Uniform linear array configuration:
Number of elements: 8
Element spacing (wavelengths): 0.75
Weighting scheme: binomial
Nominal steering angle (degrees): -45
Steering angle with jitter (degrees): -45.924
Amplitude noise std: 0.05
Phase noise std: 0.05

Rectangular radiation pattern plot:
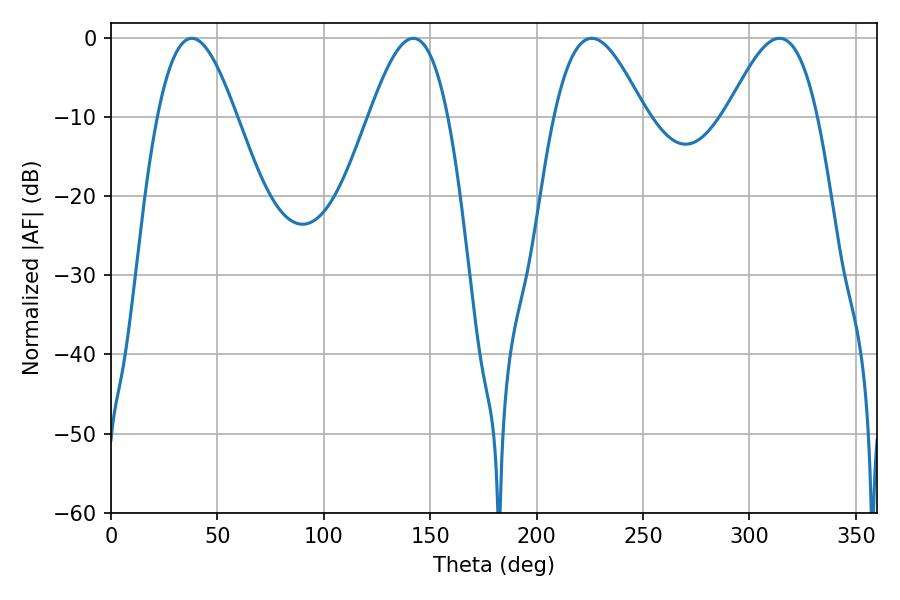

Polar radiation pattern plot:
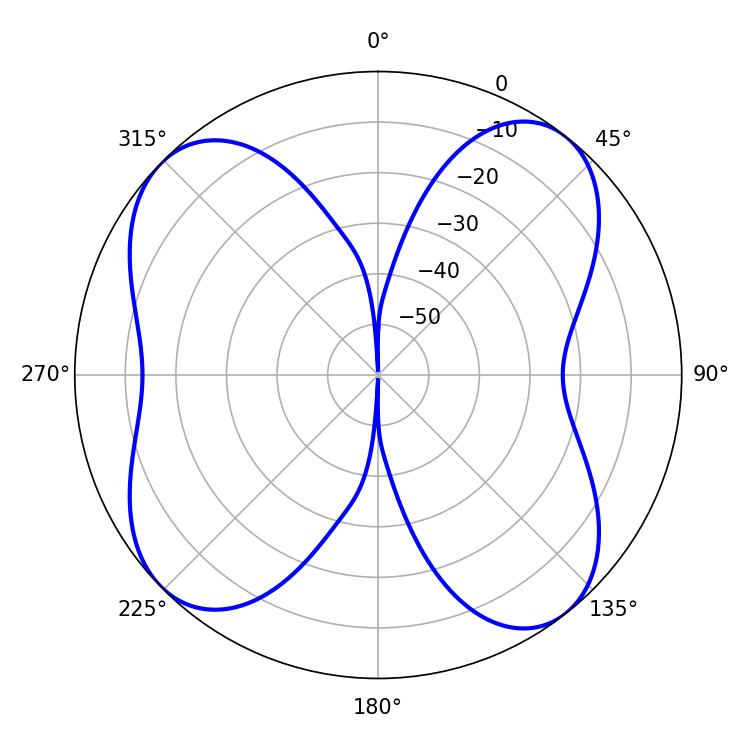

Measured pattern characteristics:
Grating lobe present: TRUE
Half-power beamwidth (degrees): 23.04
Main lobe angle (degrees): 225.9